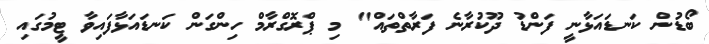
ބޯޑުން ކަނޑައަޅާނީ ފަންޑު ދޫކުރާނެ ފަރާތްތައް" މި ޕްރޮގްރާމް ހިންގަން ކަނޑައަޅާފައިވާ ޓީމުގައި